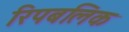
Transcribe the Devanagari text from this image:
रिपबलिक